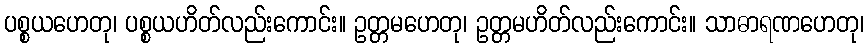
ပစ္စယဟေတု၊ ပစ္စယဟိတ်လည်းကောင်း။ ဥတ္တမဟေတု၊ ဥတ္တမဟိတ်လည်းကောင်း။ သာဓာရဏဟေတု၊